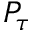
P _ { \tau }